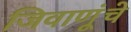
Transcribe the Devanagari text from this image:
जिवाणूंचे